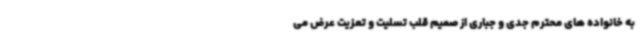
به خانواده های محترم جدی و جباری از صمیم قلب تسلیت و تعزیت عرض می